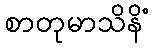
စာတုမာသိနိံ